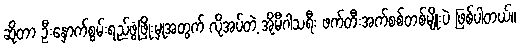
ဆိုတာ ဦးနှောက်စွမ်းရည်ဖွံ့ဖြိုးမှုအတွက် လိုအပ်တဲ့ အိုမီဂါသရီး ဖက်တီးအက်စစ်တစ်မျိုးပဲ ဖြစ်ပါတယ်။